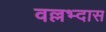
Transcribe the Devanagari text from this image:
वल्लभ्दास